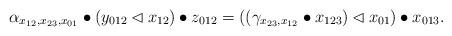
LaTeX: \begin{align*} \alpha_{x_{12},x_{23},x_{01}}\bullet (y_{012}\lhd x_{12}) \bullet z_{012}=((\gamma_{x_{23},x_{12}}\bullet x_{123}) \lhd x_{01})\bullet x_{013}. \end{align*}